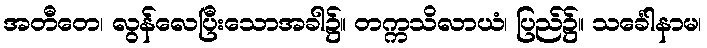
အတီတေ၊ လွန်လေပြီးသောအခါ၌။ တက္ကသိလာယံ၊ ပြည်၌။ သင်္ခေါနာမ၊